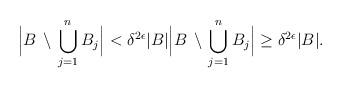
LaTeX: \begin{align*} \Big| B \, \setminus \, \bigcup_{j = 1}^{n} B_{j} \Big| < \delta^{2\epsilon}|B| \Big| B \, \setminus \, \bigcup_{j = 1}^{n} B_{j} \Big| \geq \delta^{2\epsilon}|B|. \end{align*}